Indian journal of veterinary science and animal husbandry - Volume 7,
Year: 1937
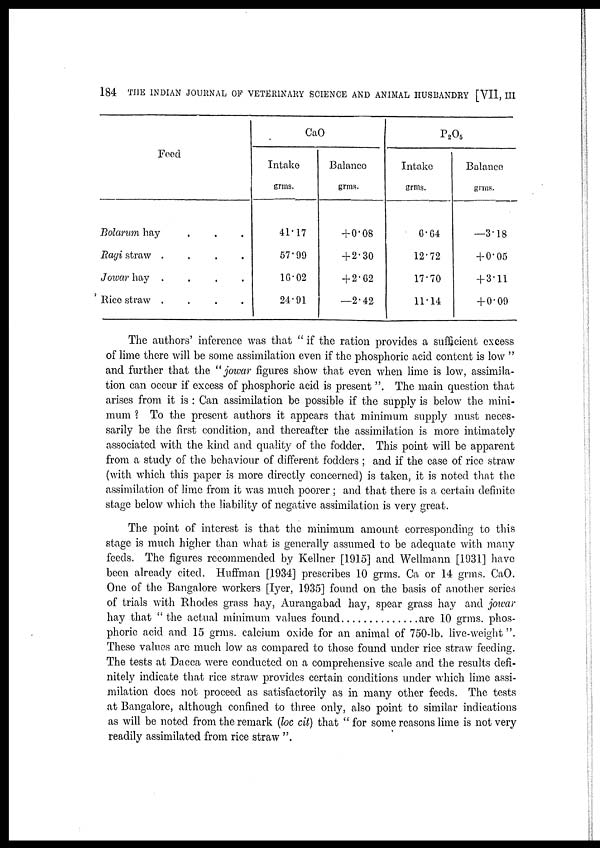
184 THE INDIAN JOURNAL OF VETERINARY SCIENCE AND ANIMAL HUSBANDRY [VII, III
Food
Bolarum hay . . . .
Ragi straw
.
.
.
.
Jowar hay
.
.
.
.
Rico straw
.
.
.
.
CaO
Intake
grms.
41.17
57.99
16.02
24.91
Balance
grms.
+0.08
+2.30
+2.62
—2.42
P 2 O 5
Intake
grms.
6.64
12.72
17.70
11.14
Balance
grms.
—3.18
+ 0.05
+ 3.11
+ 0.09
The authors' inference was that " if the ration provides a sufficient excess
of lime there will be some assimilation even if the phosphoric acid content is low "
and further that the "jowar figures show that even when lime is low, assimila-
tion can occur if excess of phosphoric acid is present ". The main question that
arises from it is : Can assimilation be possible if the supply is below the mini-
mum ? To the present authors it appears that minimum supply must neces-
sarily be the first condition, and thereafter the assimilation is more intimately
associated with the kind and quality of the fodder. This point will be apparent
from a study of the behaviour of different fodders ; and if the case of rice straw
(with which this paper is more directly concerned) is taken, it is noted that the
assimilation of lime from it was much poorer ; and that there is a certain definite
stage below which the liability of negative assimilation is very great.
The point of interest is that the minimum amount corresponding to this
stage is much higher than what is generally assumed to be adequate with many
feeds. The figures recommended by Kellner [1915] and Wellmann [1931] have
been already cited. Huffman [1934] prescribes 10 grms. Ca or 14 grms. CaO.
One of the Bangalore workers [Iyer, 1935] found on the basis of another series
of trials with Rhodes grass hay, Aurangabad hay, spear grass hay and jowar
hay that " the actual minimum values found
are 10 grms. phos-
phoric acid and 15 grms. calcium oxide for an animal of 750-lb. live-weight ".
These values are much low as compared to those found under rice straw feeding.
The tests at Dacca were conducted on a comprehensive scale and the results defi-
nitely indicate that rice straw provides certain conditions under which lime assi-
milation does not proceed as satisfactorily as in many other feeds. The tests
at Bangalore, although confined to three only, also point to similar indications
as will be noted from the remark (loc cit) that "for some reasons lime is not very
readily assimilated from rice straw ".